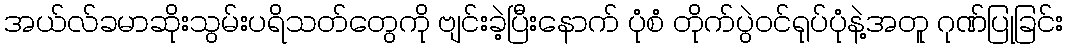
အယ်လ်ခမာဆိုးသွမ်းပရိသတ်တွေကို ဗျင်းခဲ့ပြီးနောက် ပုံစံ တိုက်ပွဲဝင်ရုပ်ပုံနဲ့အတူ ဂုဏ်ပြုခြင်း